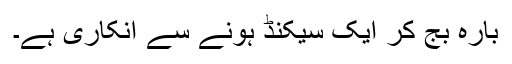
بارہ بج کر ایک سیکنڈ ہونے سے انکاری ہے۔